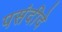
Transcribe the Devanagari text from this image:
पसंदीदे